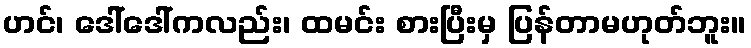
ဟင်၊ ဒေါ်ဒေါ်ကလည်း၊ ထမင်း စားပြီးမှ ပြန်တာမဟုတ်ဘူး။